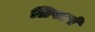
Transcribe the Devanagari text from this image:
लिपटने